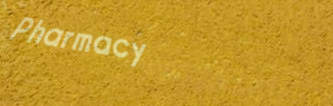
Pharmacy